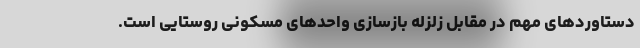
دستاوردهای مهم در مقابل زلزله بازسازی واحدهای مسکونی روستایی است.